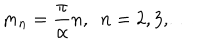
m _ { n } = \frac { \pi } { \alpha } n , \ \ n = 2 , 3 , \ldots